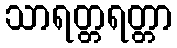
သာရတ္တရတ္တာ